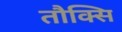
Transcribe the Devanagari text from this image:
तौक्सि